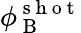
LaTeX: \phi_{\mathrm{~B~}}^{\mathrm{~s~h~o~t~}}